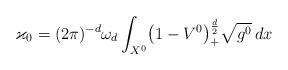
LaTeX: \begin{align*}\varkappa_0=(2\pi )^{-d}\omega_d\int_{X^0}\bigl(1-V^0\bigr)_+^{\frac{d}{2}}\sqrt{g^0}\,dx\end{align*}